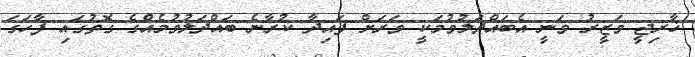
ޚާރިޖީ ވަޒީރު ވަނީ އެބައްދަލުވުމަކީ ވަރަށް ފައިދާ ކުރާނެ ބައްދަލުވުމެއްގެ ގޮތުގައި ފާހަގަ